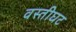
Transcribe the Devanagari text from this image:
वस्तीघट